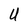
Character: U